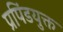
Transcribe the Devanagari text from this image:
प्रपिंडयुक्त